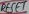
Text: RESET